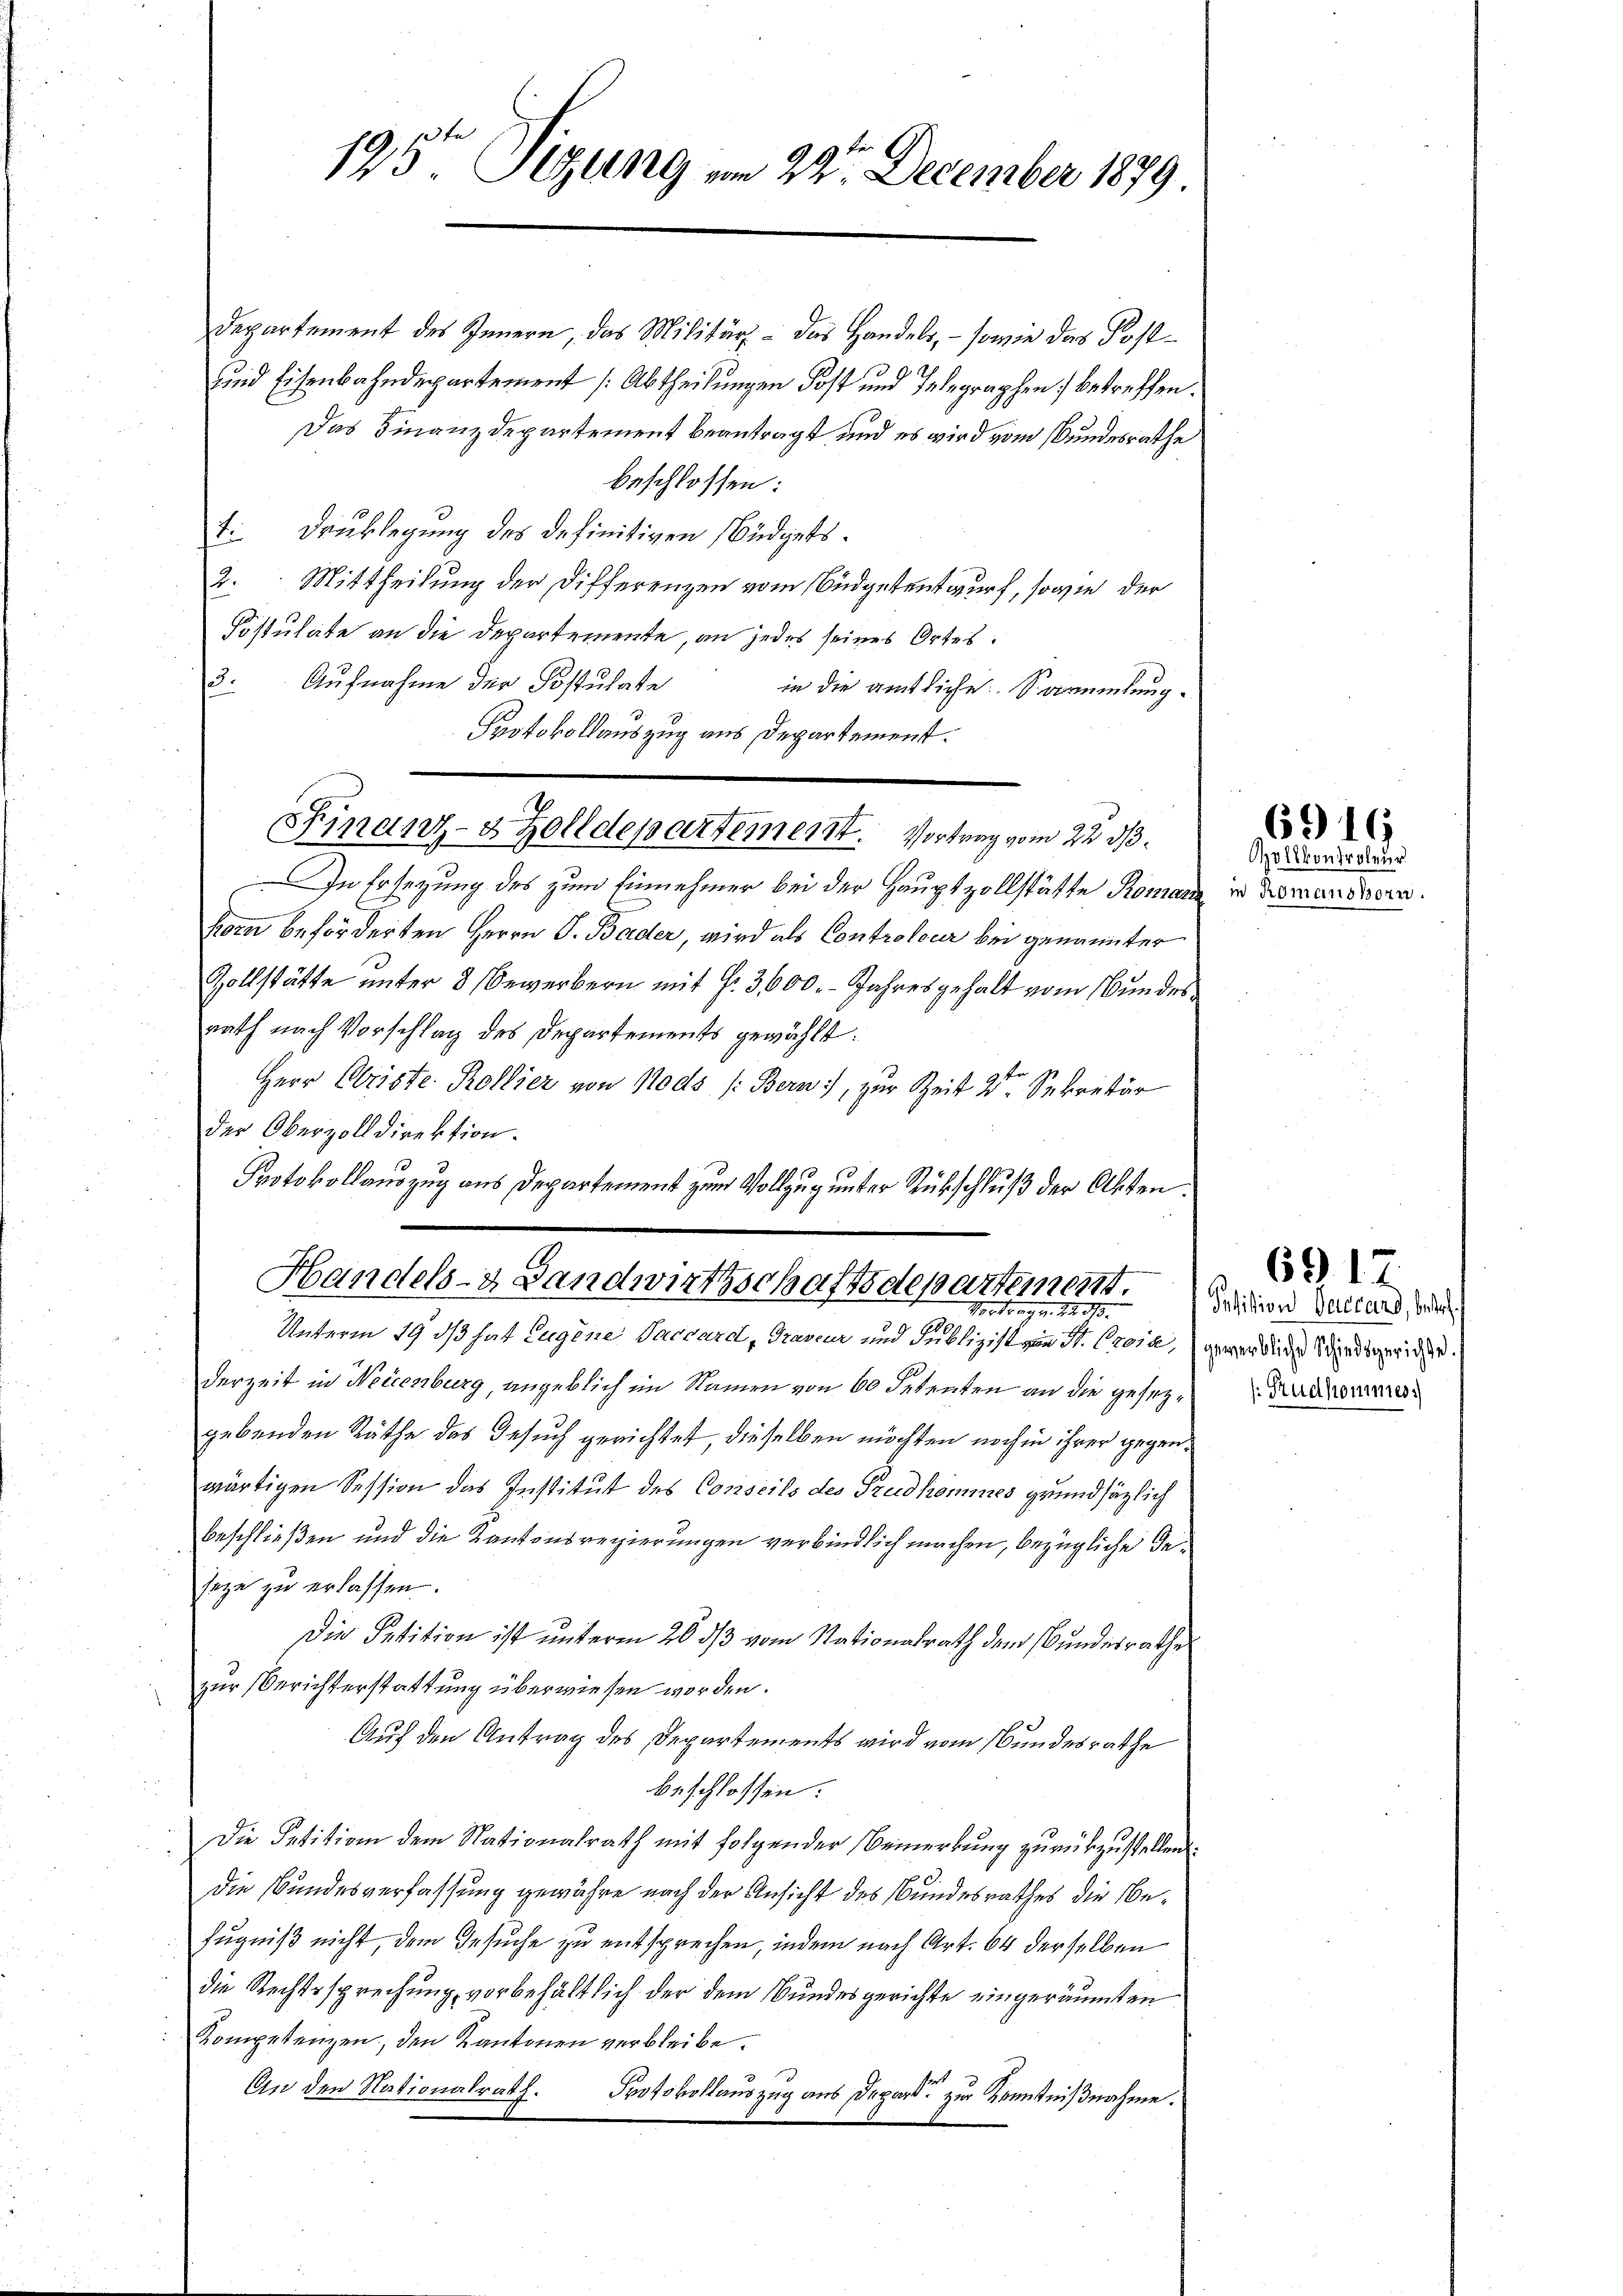
125' Sizung am 22. December 1879

Departement des Innern, das Militär. - Das Handels, - sowie das Postuund Eisenbahndepartement (Abtheilungen Post und Telegraphen betreffen.
Das Finanzdepartement beantragt und es wird vom Bundesrathe
beschlossen:
t Drucklegung des definitiven Büdgets¬
2. Mittheilung der Differenzen vom Budgetentwurf, sowie der
Fistulate an die Departemente, an jedes seines Ortes.
Aufnahme der Postulate
.
in die amtliche Sammlung
Protokollauszug aus Departement.
In Ersezung des zum Einnehmer bei der Hauptzollstätte Roman
horn beförderten Herrn J. Bader, wird als Controlour bei genannter
Zollstätte unter 3 Bewerbern mit §. 3600. - Jahresgehalt vom Bundes
rath nach Vorschlag des Departements gewählt:
Herr Obriste Rollier von Nods /: Bern, zur Zeit 2. Sekretär
der Oberzolldirektion.
Protokollauszug aus Departement zum Vollzug unter Rückschluß der Akten.
Handels- & Landwirthschaftsdepartement.
Vortrag v. 22. 113.
Unterm 19. ds hat Eugene Vaccard, Graveur und Publizist von St. Prosa, gewendige Schiedsgerichte.
derzeit in Neicenburg, angeblich im Namen von 60 Petenten an die gesetzgebenden Räthe das Gesuch gerichtet, dieselben möchten noch in ihrer gegenwärtigen Session das Institut des Conseils des Predkommes grundsätzlich
beschließen und die Kantonsregierungen verbindlich machen, bezügliche Geseze zu erlassen.
Die Petition ist unterm 20. ds vom Nationalrath dem Bundesrathes
zur Berichterstattung überwiesen worden.
Auf den Antrag des Departements wird vom Bundesrathe
beschlossen:
Die Petition dem Nationalrath mit folgender Bemerkung zurückzustellen.
Die Bundesverfassung gewähre nach der Ansicht des Bundesrathes die Befugniß nicht, dem Gesuche zu entsprechen, indem nach Art. 64 derselben
die Rechtssprechung vorbehältlich der dem Bundesgerichte eingeräumten
Kompetenzen, den Kantonen verbleibe.
An den Nationalrath. Protokollauszug aus Depart. zur Kenntnißnahme.

Finanz- & Zolldepartement. Vortrag vom 22. d.

Vollkontroleur
in Romanshorn.

6916

Devision Vaccars, betr.
Sudhommes.

6917.